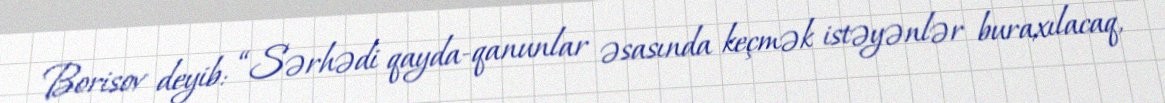
Borisov deyib: “Sərhədi qayda-qanunlar əsasında keçmək istəyənlər buraxılacaq,